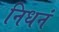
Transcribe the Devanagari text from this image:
निधनं